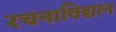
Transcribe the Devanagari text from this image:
रचनाविद्यान